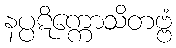
နပ္ပဋိက္ကောသိတဗ္ဗံ